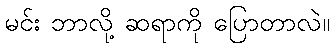
မင်း ဘာလို့ ဆရာကို ပြောတာလဲ။